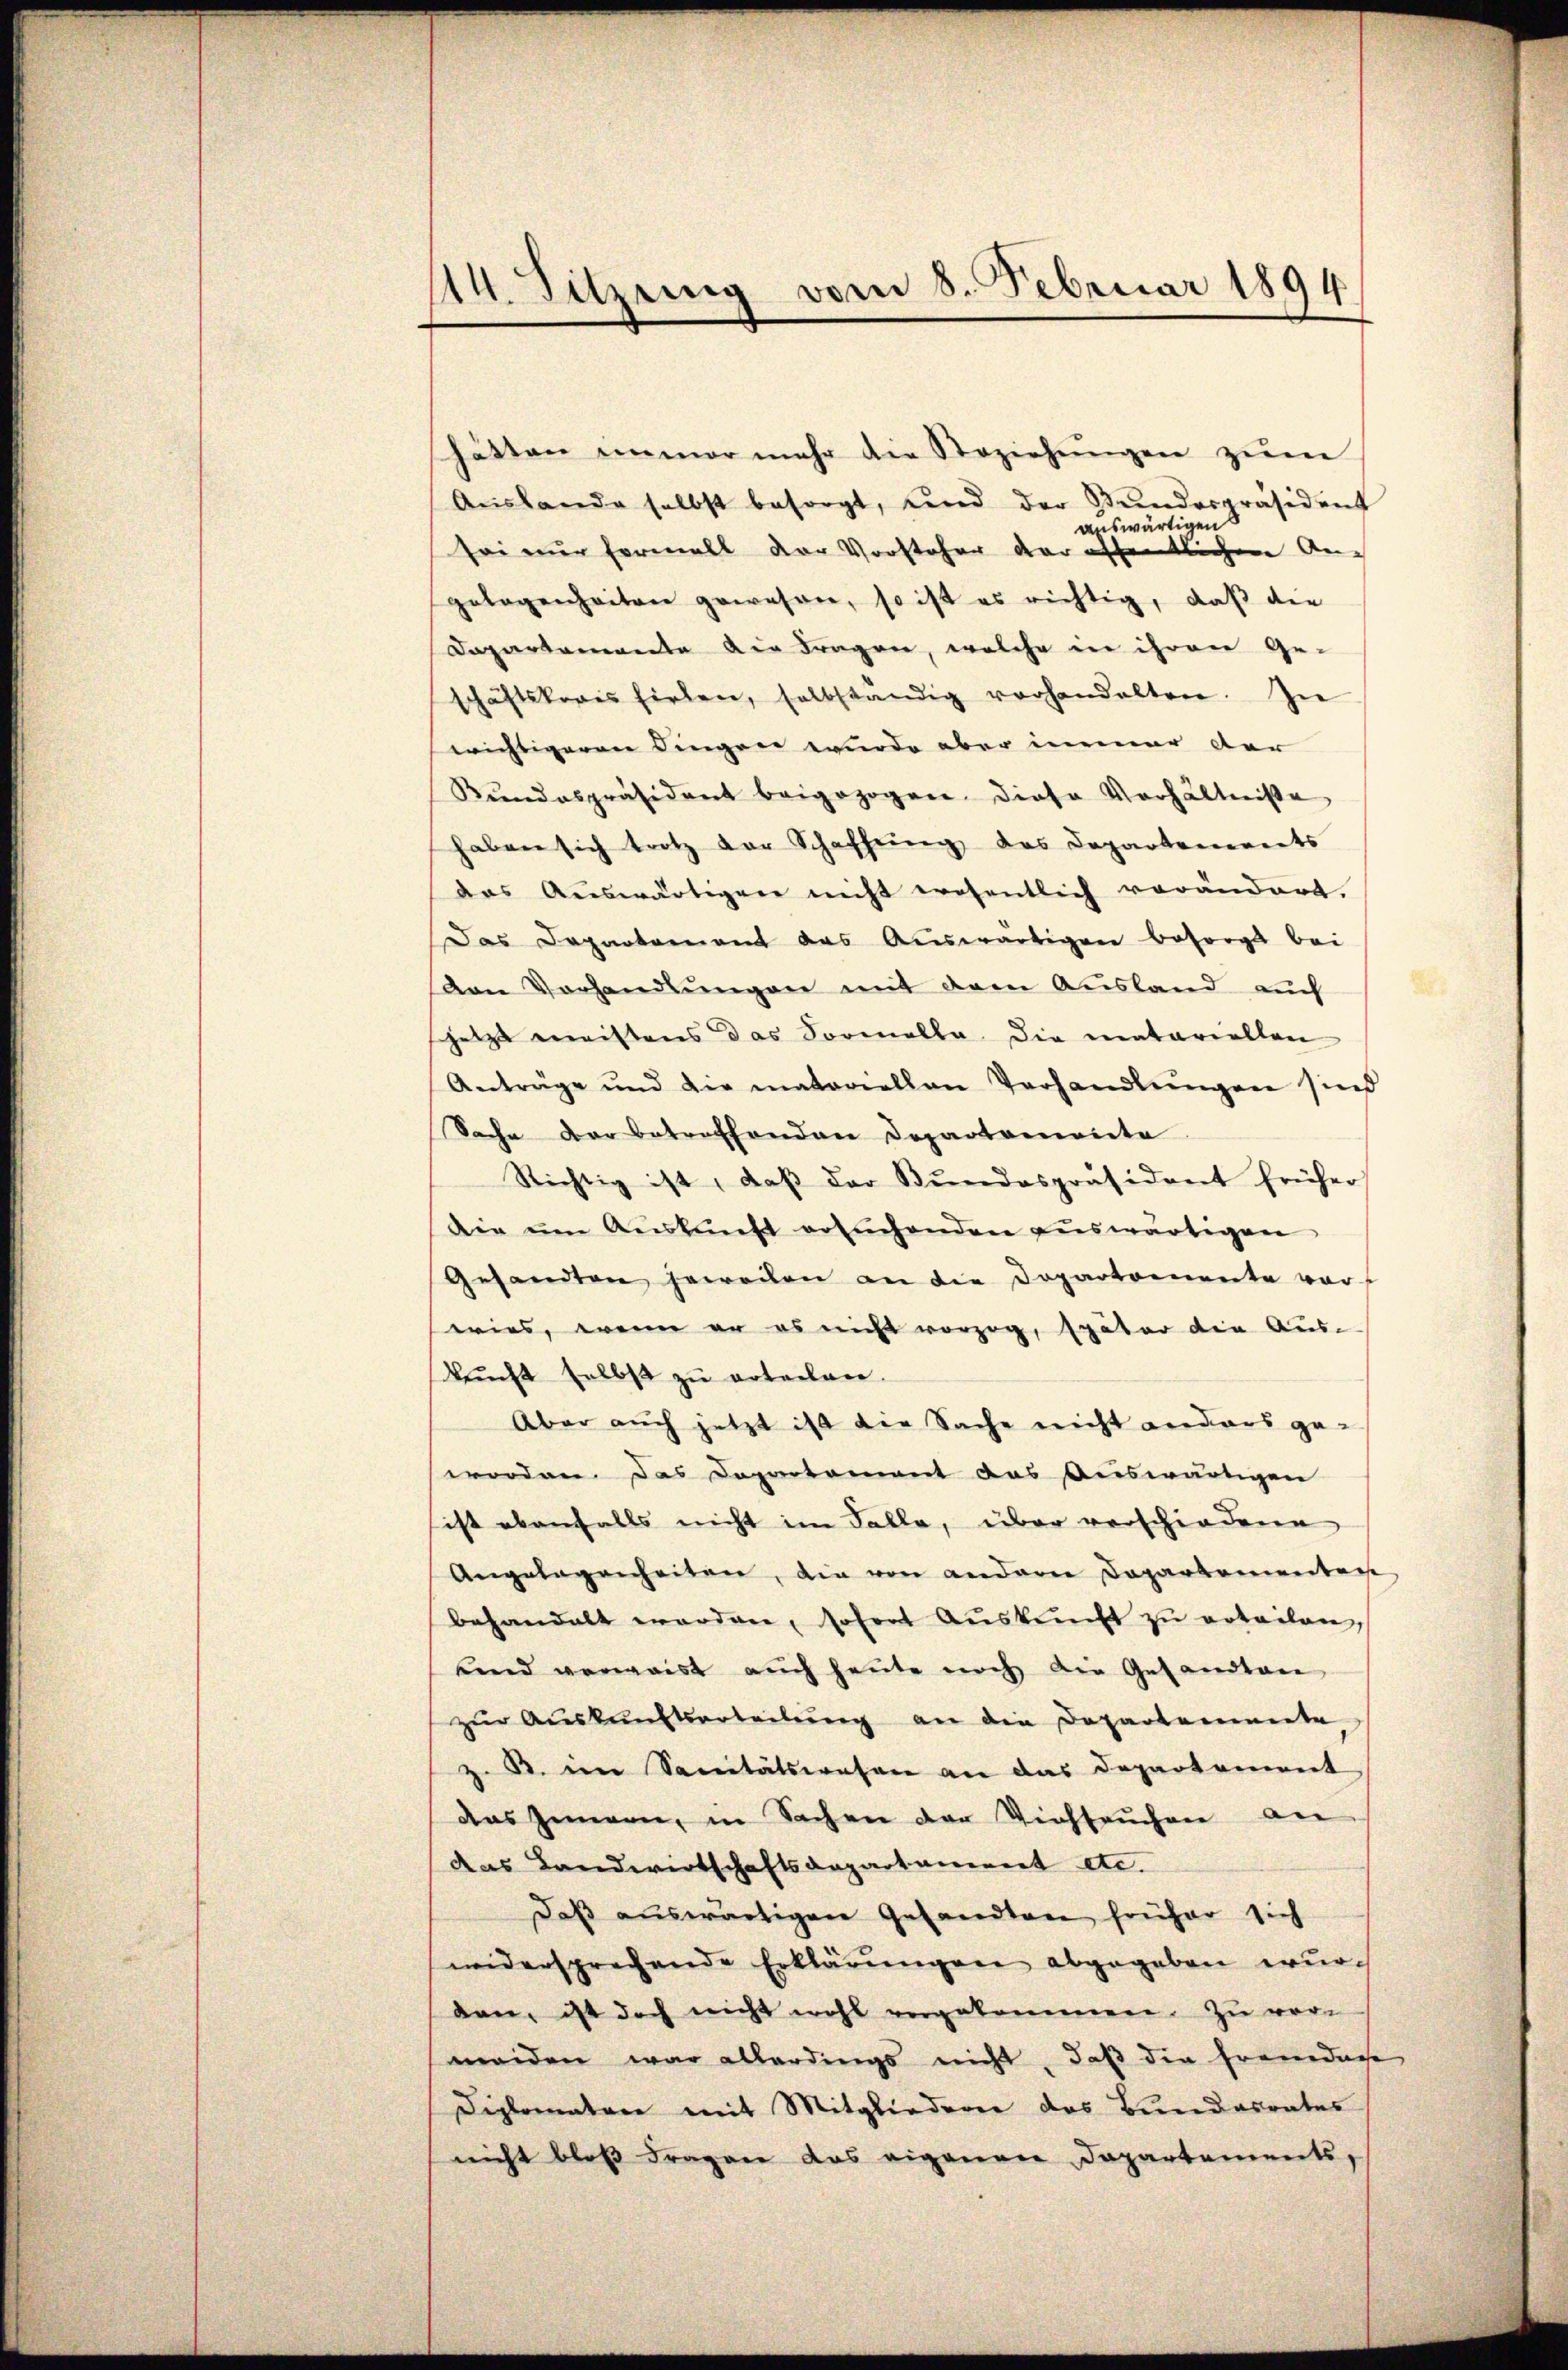
14. Sitzung vom 8. Februar 1894

hätten immer mehr die Beziehŭngen zŭm
Aŭslande selbst besorgt, und der Bŭndespräsident
auswärtigen
sei nur formalt der Vorsteher der öffentlichen An-
gelegenheiten gewesen, so ist es richtig, daß die
Dapartemente der Fragen, welche in ihren Ge-
schäftskaris fielen, selbständig vorhandelten. In
wichtigeren Singen wurde aber immer der
Kŭndespräsident beigezogen diese Verhältniße
haben sich trotz der Schaffŭng, das Departements
das Aŭswärtigen nicht eröfentlich verändert.
Das Departement das Auswärtigen besorgt bei
den Vorhandlungen mit dem Ausland auch
jetzt meistens das Formalla die matariellen
Anträge und die materiellen Verhandlŭngen sind
Sache der betreffenden Departemente
Richtig ist, daβ der Bŭndespräsident früher
die ŭm Aŭskŭnft ersuchenden aŭswärtigen
Gesandten jeweilen an die Dopartemente vor
wies, wenn er es nicht vorzog, später die Aus-
kunft selbst zu erteilen.
Aber auch jetzt ist die Sache nicht anders ge-
worden. Das Departement das Auswärtigen
ist ebenfalls nicht im Falle, über verschiedene
Angelegenheiten, die von andern Departementag
behandelt worden, sofort Aŭskŭnft zŭ erteilen,
unnd verwaist aŭch heŭte noch die Gesandten
zur Auskunftserteilung an die Departemente
z. B. im Sanitätswesen an das Departement
das Innern, in Sachen der Viehseuchen an
das Landwirtschaftsdepartament etc.
Daβ aŭswärtigen Gesandten früher sich
widersprechende Erklärŭngen abgegeben wurdan, ist doch nicht wohl vorgekommen. Zu vor-
meiden war allerdings nicht, daß die Franedage
Diplomaten mit Mitgliedern das Bundesrates
nicht bloß Fragen das eigenen Departements,